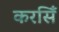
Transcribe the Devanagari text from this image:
करसिँ